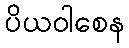
ပိယဝါစေန